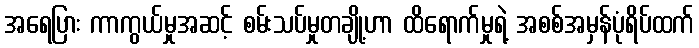
အရေပြား ကာကွယ်မှုအဆင့် စမ်းသပ်မှုတချို့ဟာ ထိရောက်မှုရဲ့ အစစ်အမှန်ပုံရိပ်ထက်